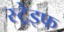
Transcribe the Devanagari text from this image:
स्ट्रेइफ